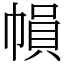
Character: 𢄙